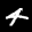
Label: 4